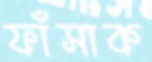
ফাঁসাক